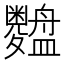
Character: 𱲢